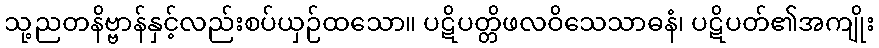
သု့ညတနိဗ္ဗာန်နှင့်လည်းစပ်ယှဉ်ထသော။ ပဋိပတ္တိဖလဝိသေသာဓနံ၊ ပဋိပတ်၏အကျိုး